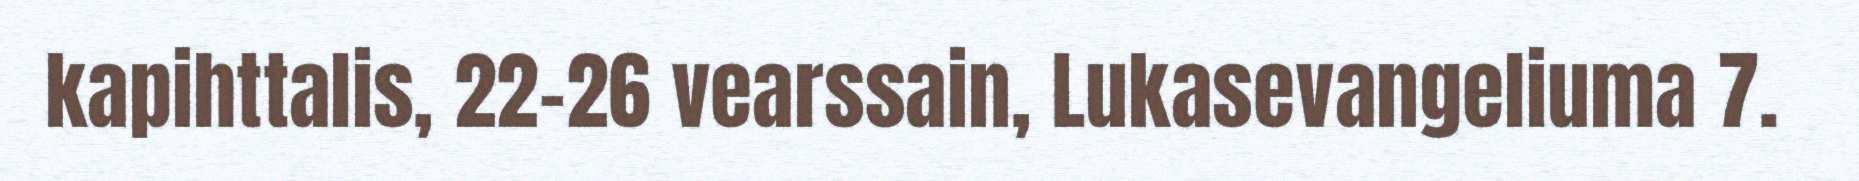
kapihttalis, 22-26 vearssain, Lukasevangeliuma 7.